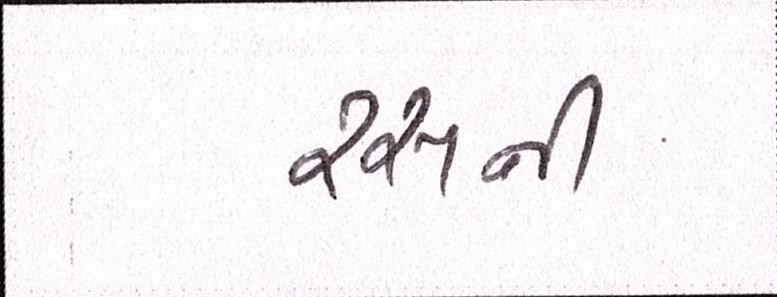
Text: રસની